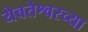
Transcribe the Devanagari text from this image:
येवतेश्वरच्या